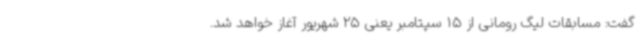
گفت: مسابقات لیگ رومانی از 15 سپتامبر یعنی 25 شهریور آغاز خواهد شد.